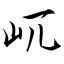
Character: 屼